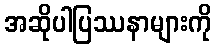
အဆိုပါပြဿနာများကို